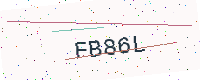
Text: FB86L